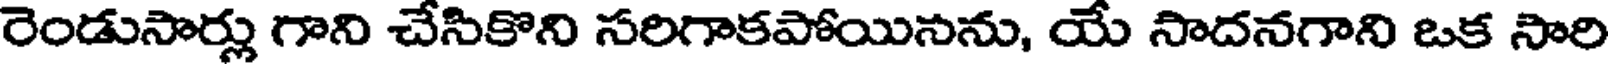
రెండుసార్లు గాని చేసికొని సరిగాకపోయినను, యే సాదనగాని ఒక సారి